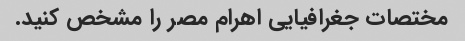
مختصات جغرافیایی اهرام مصر را مشخص کنید.